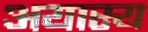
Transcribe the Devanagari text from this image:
अयास्य